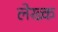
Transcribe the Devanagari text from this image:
लेख्क